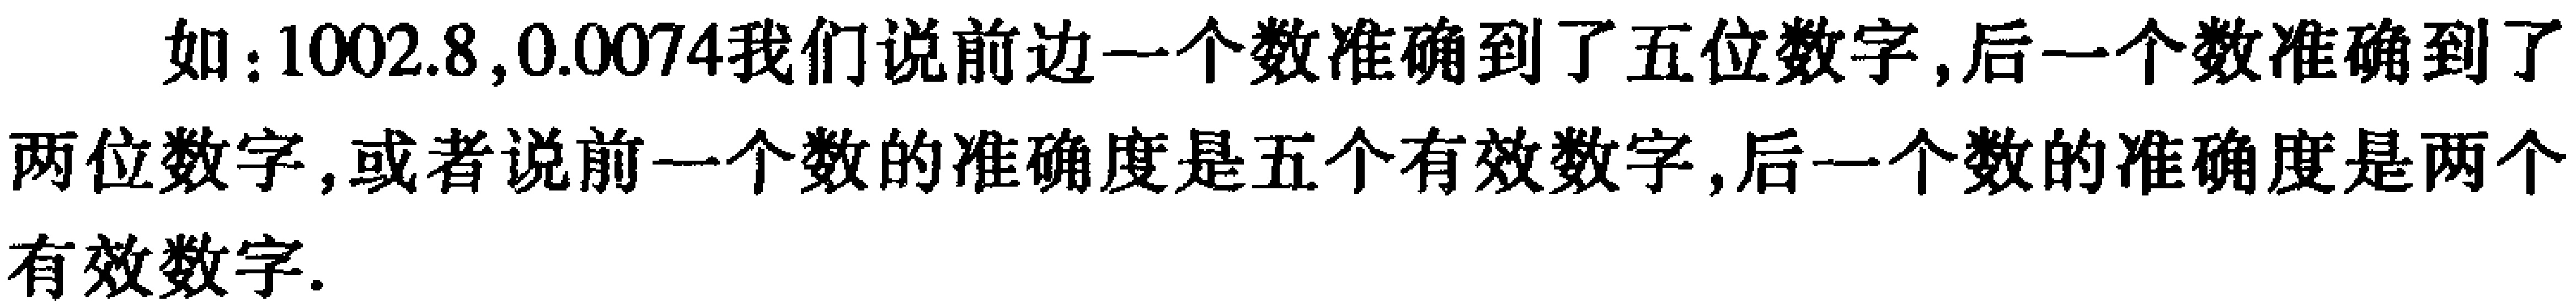
如：$1002.8,0.0074$我们说前边一个数准确到了五位数字, 后一个数准确到了两位数字, 或者说前一个数的准确度是五个有效数字, 后一个数的准确度是两个有效数字.